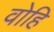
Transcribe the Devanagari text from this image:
वोहि